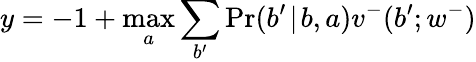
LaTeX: y=-1+\operatorname*{max}_{a}\sum_{b^{\prime}}\operatorname*{Pr}(b^{\prime}\! \mid\! b,a)v^{-}(b^{\prime};w^{-})